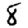
Digit: 8